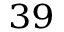
^ { 3 9 }